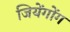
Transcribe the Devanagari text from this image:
जियेंगोंग